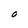
Character: O